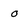
Character: o